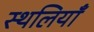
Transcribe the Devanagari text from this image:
स्थलियाँ